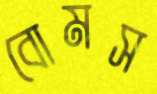
বোমস